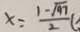
x = \frac { 1 - \sqrt { 9 7 } } { 2 } (